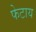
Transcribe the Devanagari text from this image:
फेटाय